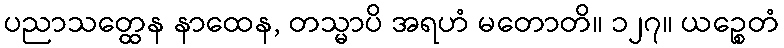
ပညာသတ္ထေန နာထေန, တသ္မာပိ အရဟံ မတောတိ။ ၁၂၇။ ယဉ္စေတံ